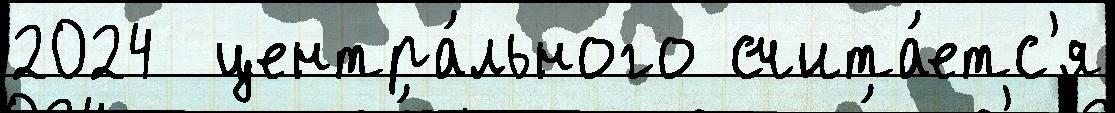
2024  центра́льного счита́етс'я